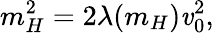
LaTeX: m_{H}^{2}=2\lambda(m_{H})\mathit{v}_{0}^{2},